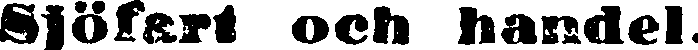
Sjöfart och handel.